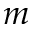
m